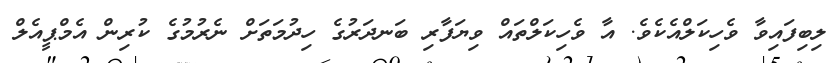
ލިބިފައިވާ ވެހިކަލްއެކެވެ. އާ ވެހިކަލްތައް ވިޔަފާރި ބަނދަރުގެ ހިދުމަތަށް ނެރުމުގެ ކުރިން އެމްޕީއެލް